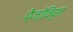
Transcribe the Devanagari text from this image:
पैजोविद्युत